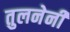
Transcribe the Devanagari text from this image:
तुलनेनी